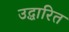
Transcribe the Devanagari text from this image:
उद्धारित